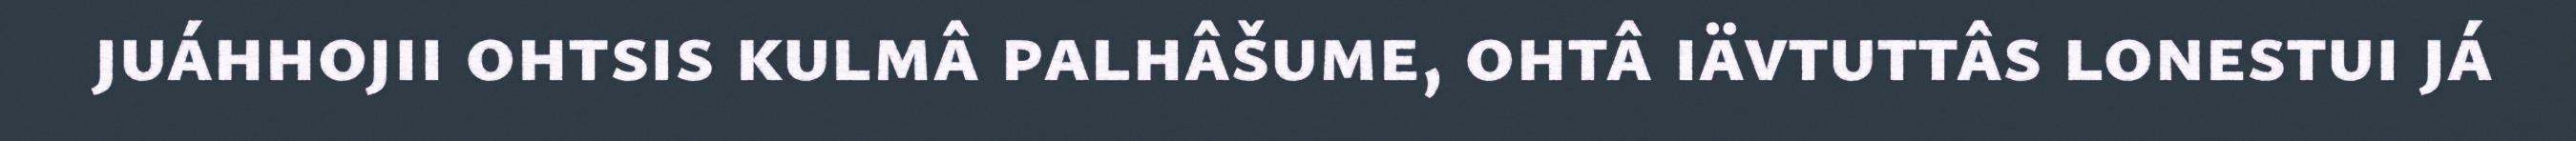
juáhhojii ohtsis kulmâ palhâšume, ohtâ iävtuttâs lonestui já